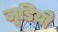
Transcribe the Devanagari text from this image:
जूडियो